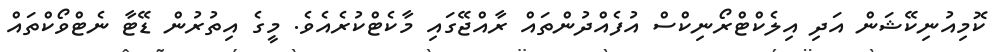
ކޮމިއުނިކޭޝަން އަދި އިލެކްޓްރޯނިކްސް އުފެއްދުންތައް ރާއްޖޭގައި މާކެޓްކުރެއެވެ. މީގެ އިތުރުން ޑޭޓާ ނެޓްވޯކްތައް